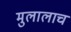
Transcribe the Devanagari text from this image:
मुलालाच